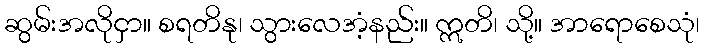
ဆွမ်းအလိုငှာ။ စရတိနု၊ သွားလေအံ့နည်း။ ဣတိ၊ သို့။ အာရောစေသုံ၊